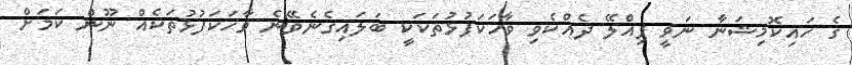
ގެ ހައިކޮމިޝަނާ ނަވީ ޕިއްލޭ ދެއްކެވި ވާހަކަފުޅުތަކަކީ ބަލައިގެނެވޭނެ ވާހަކަފުޅުތަކެއް ނޫން ކަމަށް